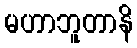
မဟာဘူတာနိ